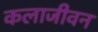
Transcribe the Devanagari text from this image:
कलाजीवन